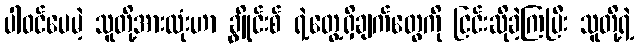
ပါဝင်ပေမဲ့ သူတို့အားလုံးဟာ ချွိုင်းစ် ရဲ့တွေ့ရှိချက်တွေကို ငြင်းဆိုခဲ့ကြပြီး သူတို့ရဲ့